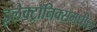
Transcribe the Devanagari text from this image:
इलेक्ट्रॉनिक्समधील